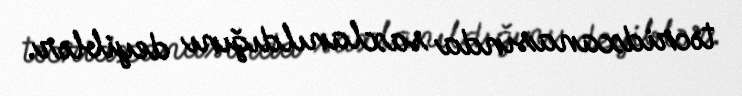
təcridxanasında saxlanıldığını deyiblər.